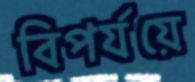
বিপর্যয়ে